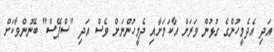
އަދި އެދެމީހުންގެ ގުޅުން ވަރަށް އާކަމަށާއި ދެމީހުންނަށް ވެސް އަދި "ސްޕޭސް" ބޭނުންވާކަށް